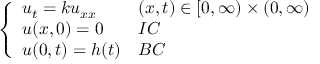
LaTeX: \left\{ \begin{array} { l l } { u _ { t } = k u _ { x x } } & { ( x , t ) \in [ 0 , \infty ) \times ( 0 , \infty ) } \\ { u ( x , 0 ) = 0 } & { I C } \\ { u ( 0 , t ) = h ( t ) } & { B C } \end{array} \right.